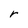
Character: r